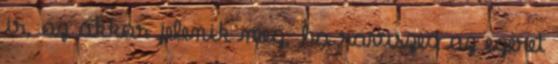
ir, az akkor jelenik meg, ha raviszed az egeret